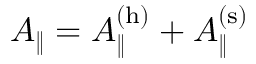
A _ { \| } = A _ { \| } ^ { \mathrm { ( h ) } } + A _ { \| } ^ { \mathrm { ( s ) } }